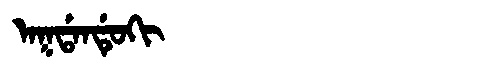
Manchu: ᠠᡴᡩᠠᠨᡩᡠᡴᡳ
Romanization: AKDANDUKI